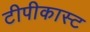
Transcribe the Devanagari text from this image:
टीपीकास्ट